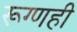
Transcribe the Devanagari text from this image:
रूग्णही